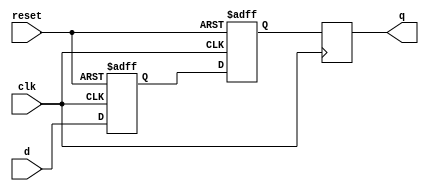
module two_flop_synchronizer (
    input wire clk,
    input wire reset,
    input wire d,
    output reg q
);

reg flop1;
reg flop2;

always @ (posedge clk or posedge reset) begin
    if (reset) begin
        flop1 <= 1'b0;
        flop2 <= 1'b0;
    end else begin
        flop1 <= d;
        flop2 <= flop1;
    end
end

always @ (posedge clk) begin
    q <= flop2;
end

endmodule